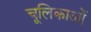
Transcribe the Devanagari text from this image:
चूलिकाओं